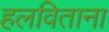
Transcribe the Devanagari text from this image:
हलविताना